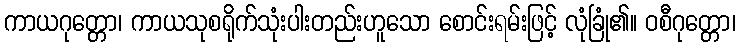
ကာယဂုတ္တော၊ ကာယသုစရိုက်သုံးပါးတည်းဟူသော စောင်းရမ်းဖြင့် လုံခြုံ၏။ ဝစီဂုတ္တော၊